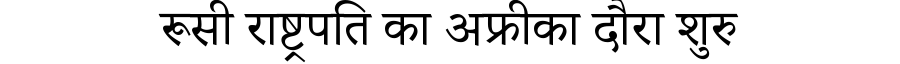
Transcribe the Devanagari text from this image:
रूसी राष्ट्रपति का अफ्रीका दौरा शुरु